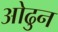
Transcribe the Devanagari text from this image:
ओढुन